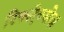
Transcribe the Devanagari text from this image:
रिफ्ल़ेक्सेज़